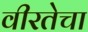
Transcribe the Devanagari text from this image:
वीरतेचा